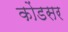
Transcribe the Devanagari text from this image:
कोंडसर